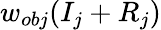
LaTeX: w_{obj}(I_{j}+R_{j})